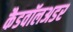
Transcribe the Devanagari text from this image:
कैडवॉलअडर